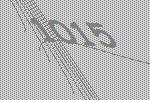
1015